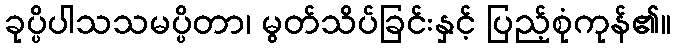
ခုပ္ပိပါသသမပ္ပိတာ၊ မွတ်သိပ်ခြင်းနှင့် ပြည့်စုံကုန်၏။